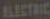
ELECTRIC